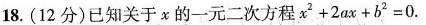
18. ( 12 分 )已知关于 x 的一元二次方程 $$x _ { 2 } + 2 a x + b ^ { 2 } = 0$$.